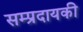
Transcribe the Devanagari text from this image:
सम्प्रदायकी